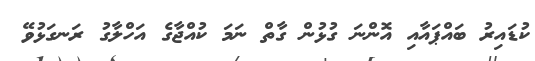
ކުޑައިރު ބައްޕައާއި އޮންނަ ގުޅުން ގާތް ނަމަ ކުއްޖާގެ އަހްލާގު ރަނގަޅުވޭ